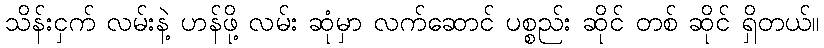
သိန်းငှက် လမ်းနဲ့ ဟန်ဖို့ လမ်း ဆုံမှာ လက်ဆောင် ပစ္စည်း ဆိုင် တစ် ဆိုင် ရှိတယ်။